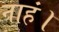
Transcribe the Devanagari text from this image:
नाहं।